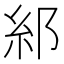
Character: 𮈂